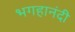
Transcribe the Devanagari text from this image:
भगहानंदी